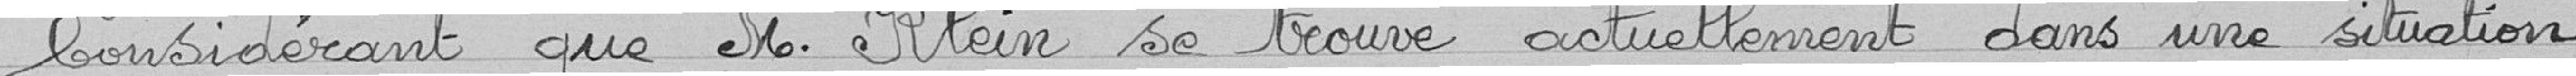
Considérant que M. Klein se trouve actuellement dans une situation